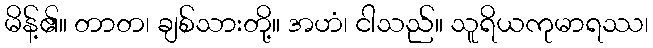
မိန့်၏။ တာတ၊ ချစ်သားတို့။ အဟံ၊ ငါသည်။ သူရိယကုမာရဿ၊